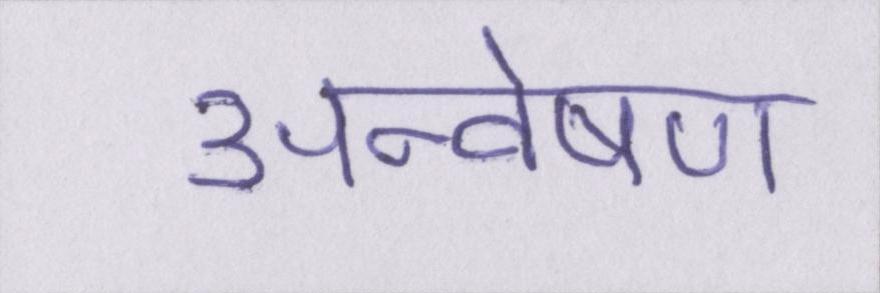
अन्वेषण